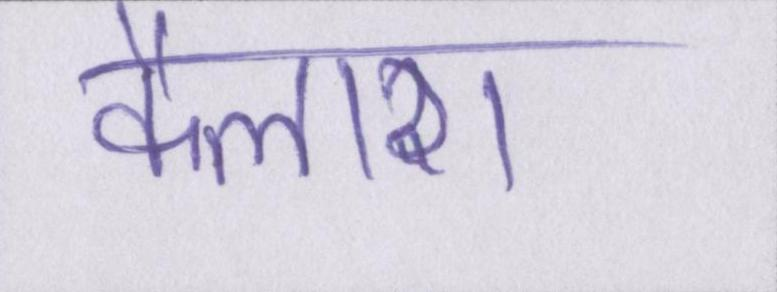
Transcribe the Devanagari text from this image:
कैलाश